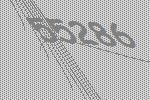
55286